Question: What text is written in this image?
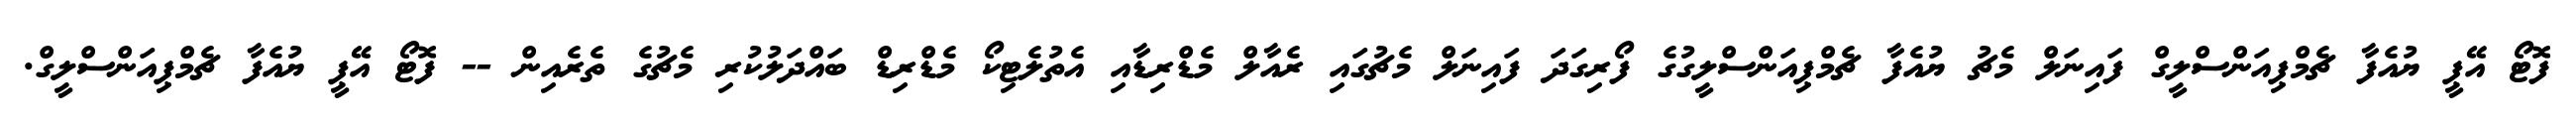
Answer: ފޮޓޯ އޭޕީ ޔުއެފާ ޗެމްޕިއަންސްލީގް ފައިނަލް މެޗު ޔުއެފާ ޗެމްޕިއަންސްލީގުގެ ފޯރިގަދަ ފައިނަލް މެޗުގައި ރެއާލް މެޑްރިޑާއި އެތުލެޓިކޯ މެޑްރިޑް ބައްދަލުކުރި މެޗުގެ ތެރެއިން -- ފޮޓޯ އޭޕީ ޔުއެފާ ޗެމްޕިއަންސްލީގް.